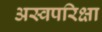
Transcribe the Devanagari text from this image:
अस्वपरिक्षा